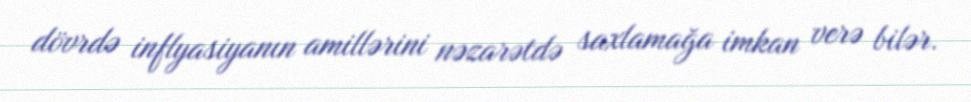
dövrdə inflyasiyanın amillərini nəzarətdə saxlamağa imkan verə bilər.